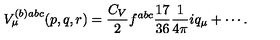
\begin{array} { l } { V _ { \mu } ^ { ( b ) a b c } ( p , q , r ) = \displaystyle \frac { C _ { V } } 2 f ^ { a b c } \frac { 1 7 } { 3 6 } \frac 1 { 4 \pi } i q _ { \mu } + \cdots . } \\ \end{array}